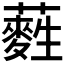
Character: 𮒩